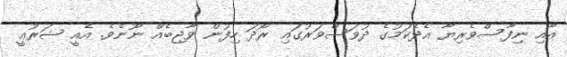
އާއި ނިފާސްވެރިޔާ އެދެކަމުގެ ދުވަސްވަރުގައި ރޯދަ ހިފުން ވާޖިބެއް ނޫނެވެ. އެއީ ޝަރުޢީ